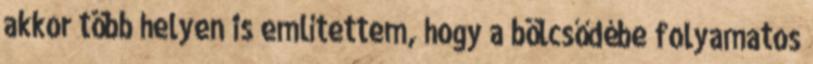
akkor több helyen is említettem, hogy a bölcsődébe folyamatos